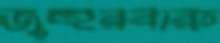
জুহুরবারু